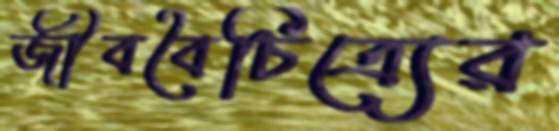
জীববৈচিত্র্যের